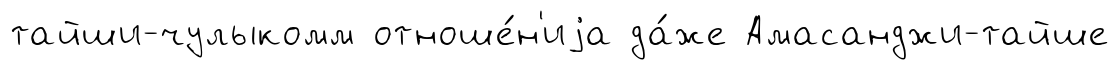
тайши-чулыкомм отноше́н'иjа да́же Амасанджи-тайше